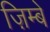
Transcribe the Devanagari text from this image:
ज़िम्बे